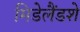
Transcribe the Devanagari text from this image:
मिडेलैंडशे